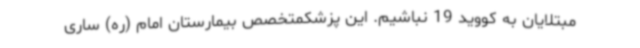
مبتلایان به کووید 19 نباشیم. این پزشکمتخصص بیمارستان امام (ره) ساری